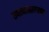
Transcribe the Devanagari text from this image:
तक्त्यासारख्या